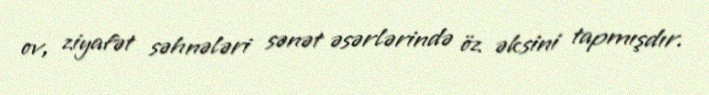
ov, ziyafət səhnələri sənət əsərlərində öz əksini tapmışdır.